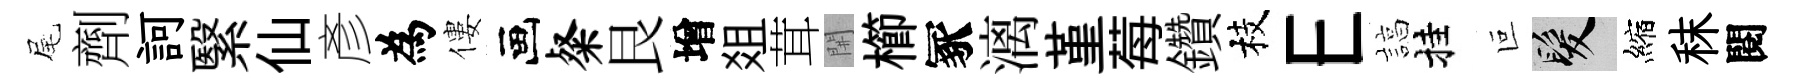
尾劑訶繄仙彥為僂画粲艮增爼茸𨳩櫛冢漓堇莓鑽枝E諄挂叵髮縮秣閱